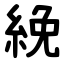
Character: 絻